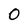
Character: 0